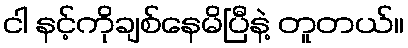
ငါ နင့်ကိုချစ်နေမိပြီနဲ့ တူတယ်။